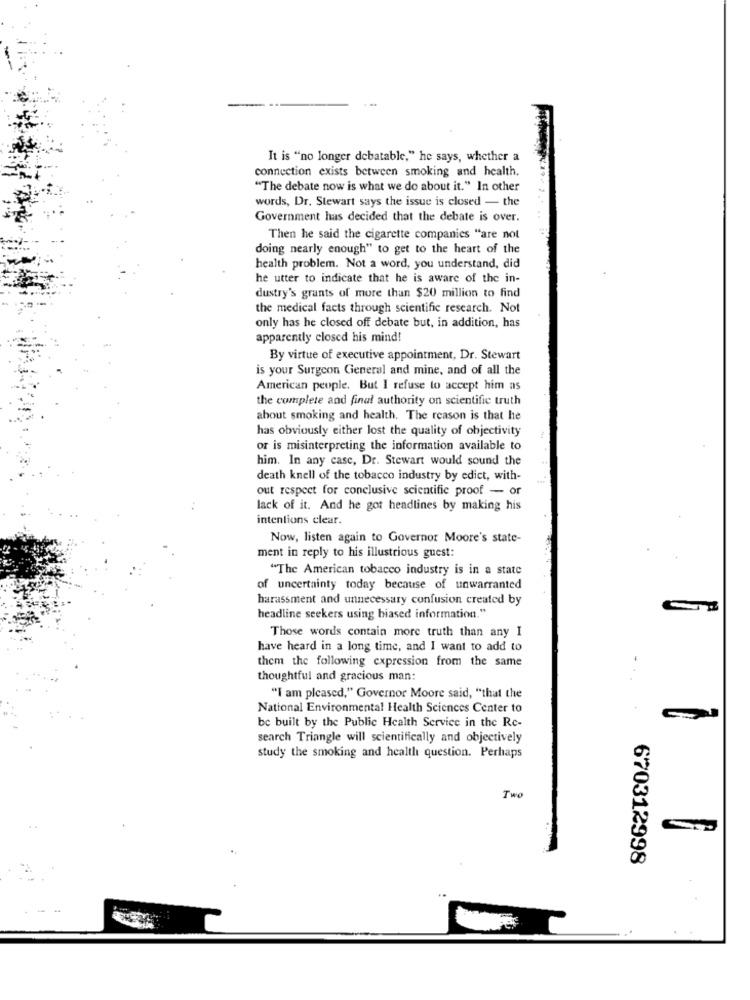
It is "no longer debatable," he says, whether a
connection exists between smoking and health.
"The debate now is what we do about it." In other
words, Dr. Stewart says the issue is closed - the
Government has decided that the debate is over.
Then he said the cigarette companies "are not
doing nearly enough" to get to the heart of the
health problem. Not a word, you understand, did
he utter to indicate that he is aware of the in-
dustry's grants of more than $20 million to find
the medical facts through scientific research. Not
only has he closed off debate but, in addition, has
apparently closed his mind!
By virtue of executive appointment, Dr. Stewart
is your Surgeon General and mine, and of all the
American people. But I refuse to accept him as
the complete and final authority on scientific truth
about smoking and health, The reason is that he
has obviously either lost the quality of objectivity
or is misinterpreting the information available to
him. In any case, Dr. Stewart would sound the
death knell of the tobacco industry by edict, with-
out respect for conclusive scientific proof - or
lack of it. And he got headlines by making his
intentions clear.
Now, listen again to Governor Moore's state-
ment in reply to his illustrious guest:
"The American tobacco industry is in a state
of uncertainty today because of unwarranted
harassment and unnecessary confusion created by
headline seekers using biased information."
Those words contain more truth than any I
have heard in a long time, and I want to add to
them the following expression from the same
thoughtful and gracious man:
"I am pleased," Governor Moore said, "that the
National Environmental Health Sciences Center to
be built by the Public Health Service in the Rc-
search Triangle will scientifically and objectively
study the smoking and health question. Perhaps
Two
670312998